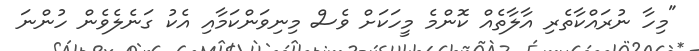
"މިހާ ނުރައްކާތެރި އާލާތެއް ކޮންމެ މީހަކަށް ވެސް މިނިވަންކަމާއި އެކު ގަނެލެވެން ހުންނަ